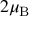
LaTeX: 2 \mu _ { \mathrm { B } }